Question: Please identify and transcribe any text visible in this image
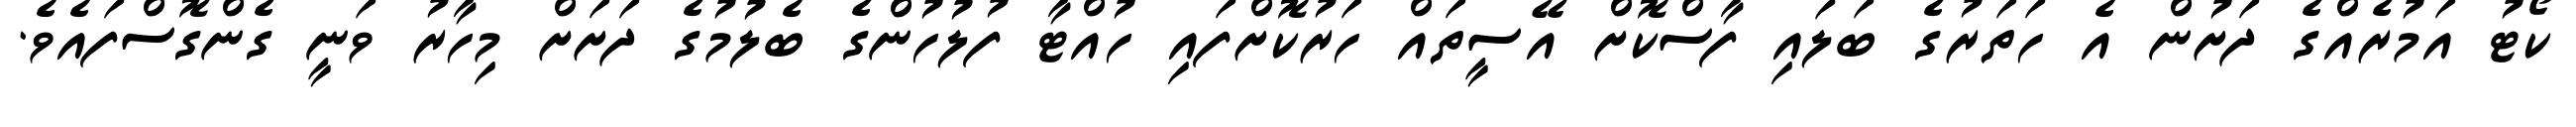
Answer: ކޯޓު އަމުރެއްގެ ދަށުން އެ ހަތަރުގެ ބަލައި ފާސްކޮށް އޭސީތައް ހަރުކޮށްފައި ހުއްޓާ ފުލުހުންގެ ބެލުމުގެ ދަށަށް މިހާރު ވަނީ ގެންގޮސްފައެވެ.